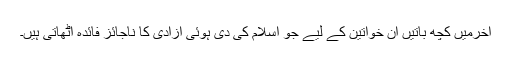
آخرمیں کچھ باتیں ان خواتین کے لیے جو اسلام کی دی ہوئی آزادی کا ناجائز فائدہ اٹھاتی ہیں۔